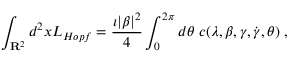
\int _ { { \bf R } ^ { 2 } } d ^ { 2 } x { \cal L } _ { H o p f } = \frac { \imath | \beta | ^ { 2 } } { 4 } \int _ { 0 } ^ { 2 \pi } d \theta \; c ( \lambda , \beta , \gamma , \dot { \gamma } , \theta ) \; ,